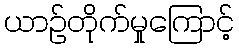
ယာဉ်တိုက်မှုကြောင့်